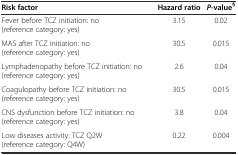
<table><thead><tr><td><b>Risk factor</b></td><td><b>Hazard ratio</b></td><td><b><i>P</i>-value<sup>§</sup></b></td></tr></thead><tbody><tr><td>Fever before TCZ initiation: no (reference category: yes)</td><td>3.15</td><td>0.02</td></tr><tr><td>MAS after TCZ initiation: no (reference category: yes)</td><td>30.5</td><td>0.015</td></tr><tr><td>Lymphadenopathy before TCZ initiation: no (reference category: yes)</td><td>2.6</td><td>0.04</td></tr><tr><td>Coagulopathy before TCZ initiation: no (reference category: yes)</td><td>30.5</td><td>0.015</td></tr><tr><td>CNS dysfunction before TCZ initiation: no (reference category: yes)</td><td>3.8</td><td>0.04</td></tr><tr><td>Low diseases activity: TCZ Q2W (reference category: Q4W)</td><td>0.22</td><td>0.004</td></tr></tbody></table>